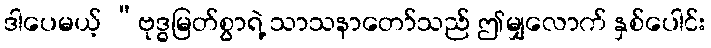
ဒါပေမယ့် “ဗုဒ္ဓမြတ်စွာရဲ့ သာသနာတော်သည် ဤမျှလောက် နှစ်ပေါင်း